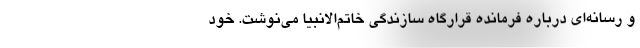
و رسانه‌ای درباره فرمانده قرارگاه سازندگی خاتم‌الانبیا می‌نوشت. خود